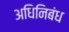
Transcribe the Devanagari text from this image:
अधिनिबंध